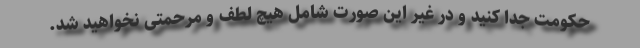
حکومت جدا کنید و در غیر این صورت شامل هیچ لطف و مرحمتی نخواهید شد.